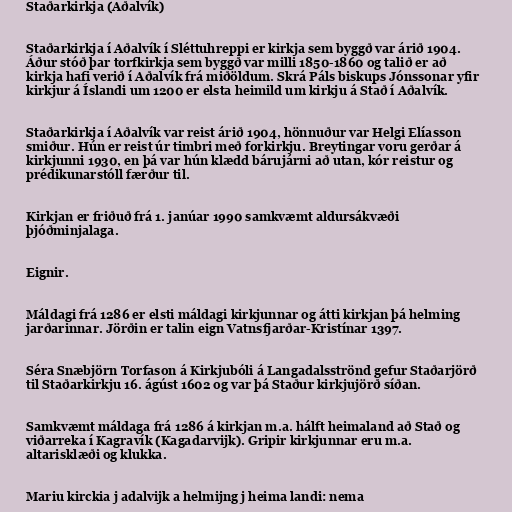
Staðarkirkja (Aðalvík)

Staðarkirkja í Aðalvík í Sléttuhreppi er kirkja sem byggð var árið 1904.
Áður stóð þar torfkirkja sem byggð var milli 1850-1860 og talið er að
kirkja hafi verið í Aðalvík frá miðöldum. Skrá Páls biskups Jónssonar yfir
kirkjur á Íslandi um 1200 er elsta heimild um kirkju á Stað í Aðalvík.

Staðarkirkja í Aðalvík var reist árið 1904, hönnuður var Helgi Elíasson
smiður. Hún er reist úr timbri með forkirkju. Breytingar voru gerðar á
kirkjunni 1930, en þá var hún klædd bárujárni að utan, kór reistur og
prédikunarstóll færður til.

Kirkjan er friðuð frá 1. janúar 1990 samkvæmt aldursákvæði
þjóðminjalaga.

Eignir.

Máldagi frá 1286 er elsti máldagi kirkjunnar og átti kirkjan þá helming
jarðarinnar. Jörðin er talin eign Vatnsfjarðar-Kristínar 1397.

Séra Snæbjörn Torfason á Kirkjubóli á Langadalsströnd gefur Staðarjörð
til Staðarkirkju 16. ágúst 1602 og var þá Staður kirkjujörð síðan.

Samkvæmt máldaga frá 1286 á kirkjan m.a. hálft heimaland að Stað og
viðarreka í Kagravík (Kagadarvijk). Gripir kirkjunnar eru m.a.
altarisklæði og klukka.

Mariu kirckia j adalvijk a helmijng j heima landi: nema